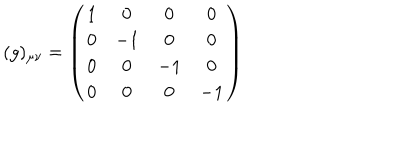
( g ) _ { \mu \nu } = \left( \begin{matrix} { { 1 } } & { { 0 } } & { { 0 } } & { { 0 } } \\ { { 0 } } & { { - 1 } } & { { 0 } } & { { 0 } } \\ { { 0 } } & { { 0 } } & { { - 1 } } & { { 0 } } \\ { { 0 } } & { { 0 } } & { { 0 } } & { { - 1 } } \\ \end{matrix} \right)